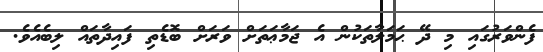
ފެންވަރުގައި މި ދޭ ޙަމަލާތަކުން އެ ޖަމާޢަތަށް ވަރަށް ބޮޑެތި ފައިދާތައް ލިބެއެވެ.